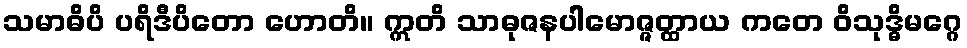
သမာဓိပိ ပရိဒီပိတော ဟောတိ။ ဣတိ သာဓုဇနပါမောဇ္ဇတ္ထာယ ကတေ ဝိသုဒ္ဓိမဂ္ဂေ